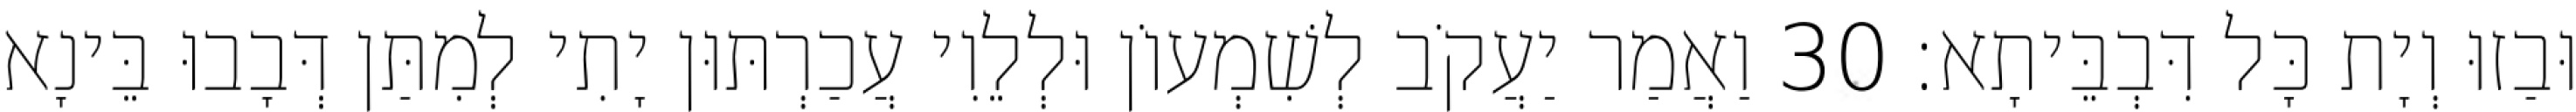
וּבַזוּ וְיָת כָּל דִּבְבֵּיתָא׃ 30 וַאֲמַר יַעֲקֹב לְשִׁמְעוֹן וּלְלֵוִי עֲכַרְתּוּן יָתִי לְמִתַּן דְּבָבוּ בֵּינָא